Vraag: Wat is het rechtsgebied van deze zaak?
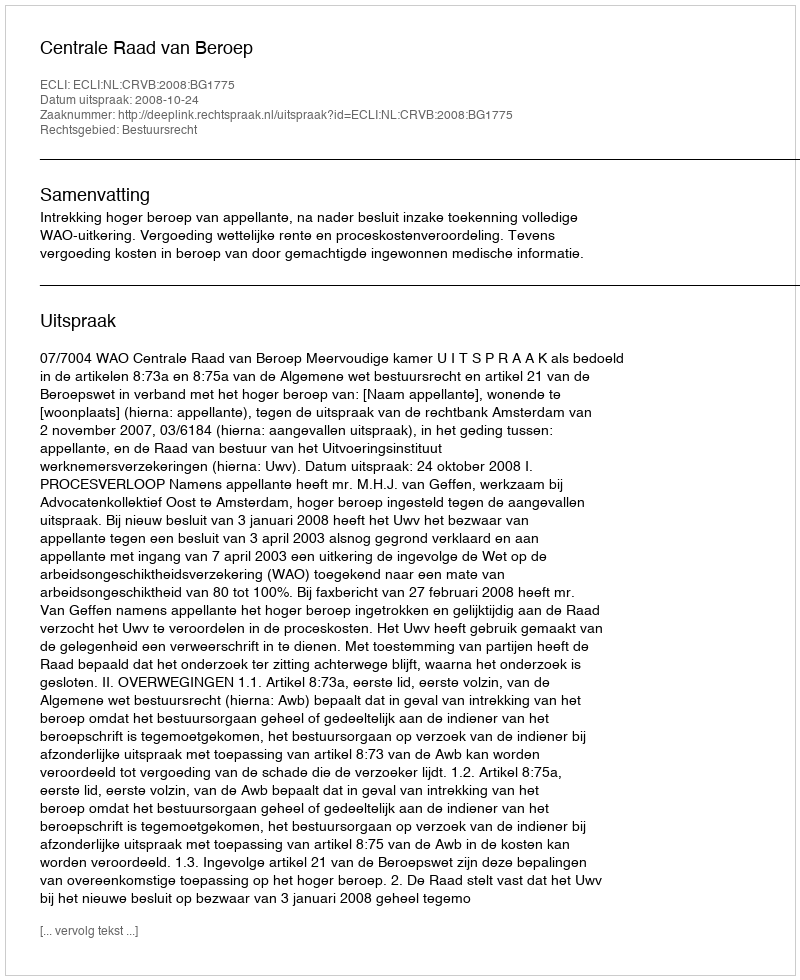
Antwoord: Bestuursrecht